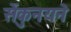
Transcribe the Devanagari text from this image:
सेंकुनयने